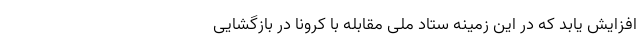
افزایش یابد که در این زمینه ستاد ملی مقابله با کرونا در بازگشایی